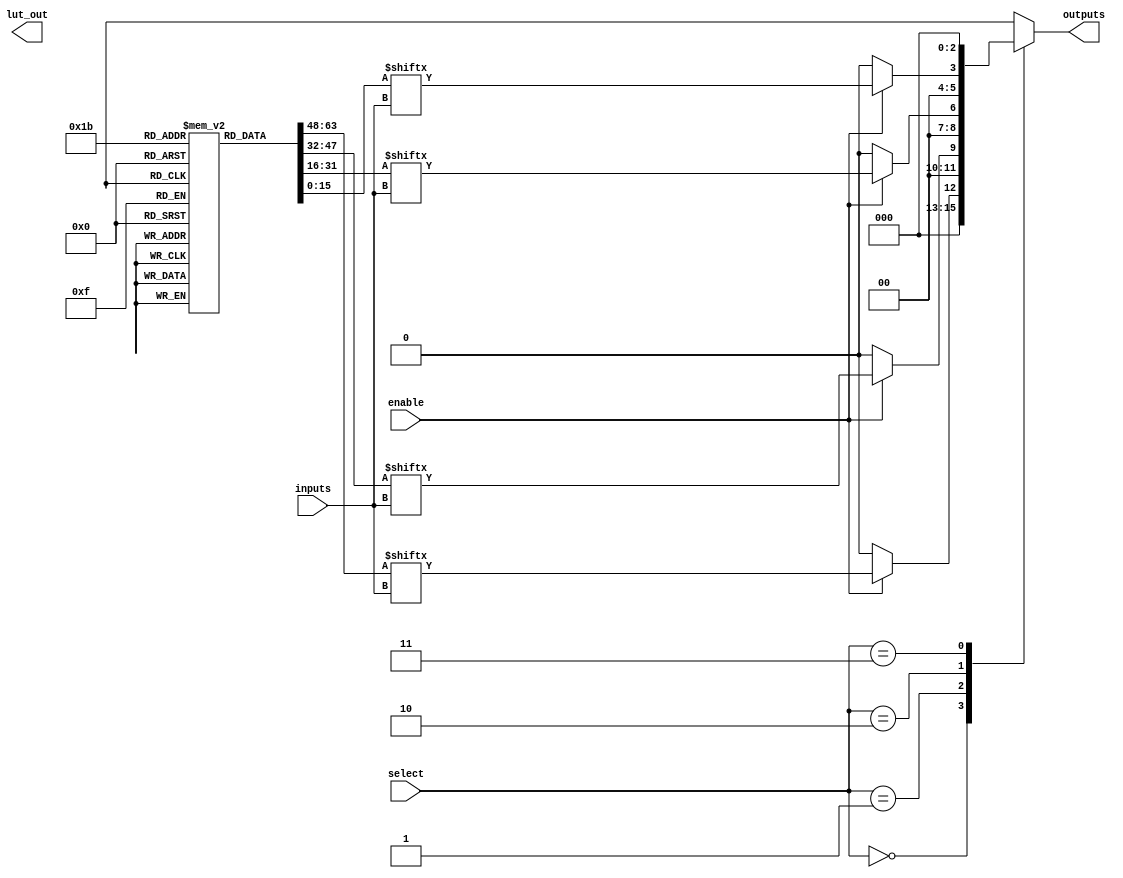
module CLB (
    input wire [3:0] inputs,         // 4 inputs for LUT
    input wire [1:0] select,         // 2-bit select for multiplexer
    input wire enable,                // Enable signal for logic cell
    output wire [3:0] outputs,       // 4 outputs
    output wire [3:0] lut_out         // Outputs from LUTs
);

// Parameter for configuration (truth table for LUTs)
// Here, we're assuming 4 LUTs for example
reg [15:0] lut_config[0:3]; // 4 LUTs with 16 entries

// LUTs (Logic Cells)
wire [3:0] lut_result;
genvar i;
generate
    for (i = 0; i < 4; i = i + 1) begin : LUTs
        always @(*) begin
            if (enable) begin
                // Assuming the LUT uses 4 inputs and outputs one bit based on the configuration
                lut_result[i] = lut_config[i][inputs]; // Simplified LUT operation
            end else begin
                lut_result[i] = 1'b0; // If not enabled, output 0
            end
        end
    end
endgenerate

// Multiplexer to select between the outputs of the LUTs
always @(*) begin
    case (select)
        2'b00: outputs = {3'b000, lut_result[0]};
        2'b01: outputs = {2'b00, lut_result[1], 1'b0};
        2'b10: outputs = {1'b0, lut_result[2], 1'b0, 1'b0};
        2'b11: outputs = {lut_result[3], 3'b000};
        default: outputs = 4'b0000; // Default case 
    endcase
end

// Configuration logic example (initialization of LUT configurations)
initial begin
    // Example configuration for the LUT (Truth table)
    // These would typically be loaded via external configuration
    lut_config[0] = 16'b0000000000000000; // LUT0 - example
    lut_config[1] = 16'b0000000000001111; // LUT1 - example
    lut_config[2] = 16'b1111111100000000; // LUT2 - example
    lut_config[3] = 16'b1010101010101010; // LUT3 - example
end

endmodule